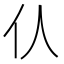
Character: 𠆧